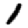
Digit: 1